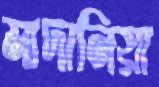
মাদানিয়া